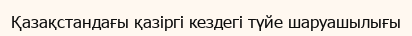
Қазақстандағы қазіргі кездегі түйе шаруашылығы